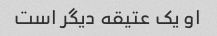
او یک عتیقه دیگر است